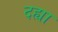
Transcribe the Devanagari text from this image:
दह्या